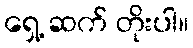
ရှေ့ ဆက် တိုးပါ။